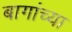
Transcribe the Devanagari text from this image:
बागांच्या